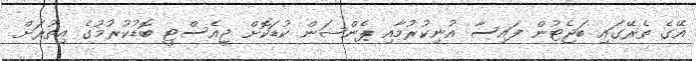
އޭގެ ތެރޭގައި ބަޖެޓުން ފައިސާ އުނިކުރުމާއި ޕެންޝަން ކުޑަކޮށް ޖީއެސްޓީ ބޮޑުކުރުމުގެ އިތުރަށް